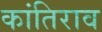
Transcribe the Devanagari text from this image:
कांतिराव